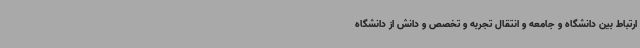
ارتباط بین دانشگاه و جامعه و انتقال تجربه و تخصص و دانش از دانشگاه